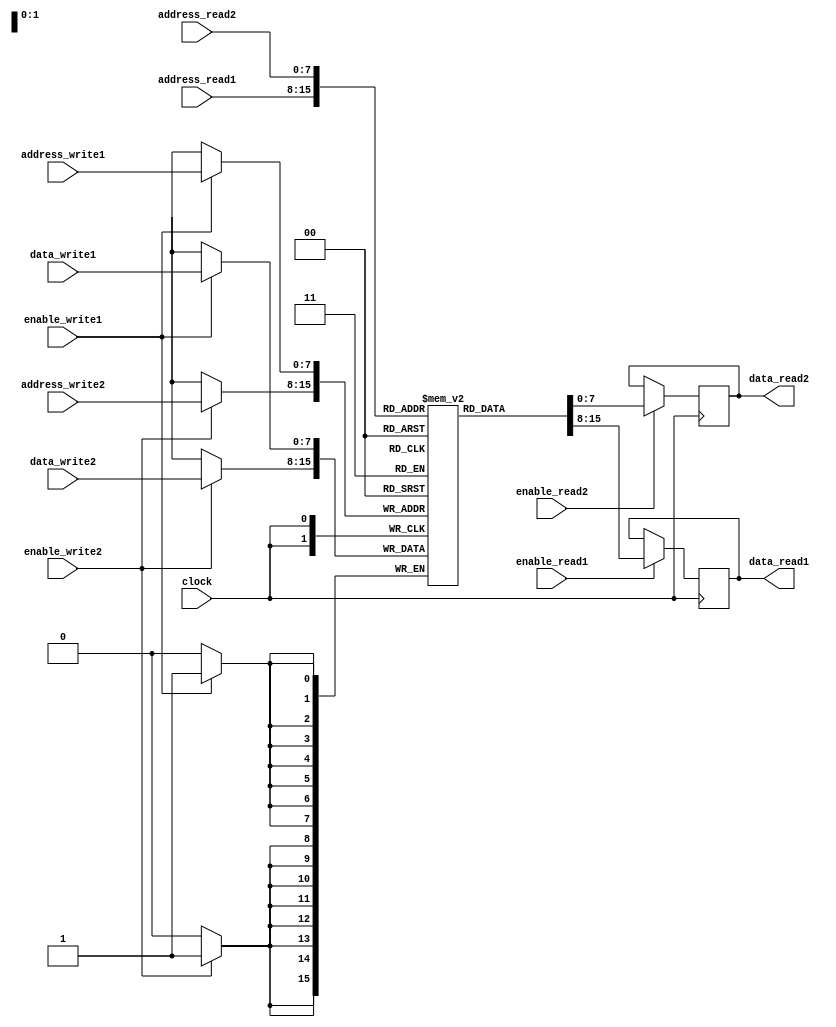
module dual_port_ram (
    input enable_read1,
    input enable_write1,
    input enable_read2,
    input enable_write2,
    input [7:0] address_read1,
    input [7:0] address_write1,
    input [7:0] data_write1,
    input [7:0] address_read2,
    input [7:0] address_write2,
    input [7:0] data_write2,
    output reg [7:0] data_read1,
    output reg [7:0] data_read2,
    input clock
);

reg [7:0] memory [0:255];

always @(posedge clock) begin
    if (enable_read1) begin
        data_read1 <= memory[address_read1];
    end

    if (enable_read2) begin
        data_read2 <= memory[address_read2];
    end

    if (enable_write1) begin
        memory[address_write1] <= data_write1;
    end

    if (enable_write2) begin
        memory[address_write2] <= data_write2;
    end
end

endmodule